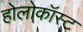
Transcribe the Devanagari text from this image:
होलोकॉस्‍ट